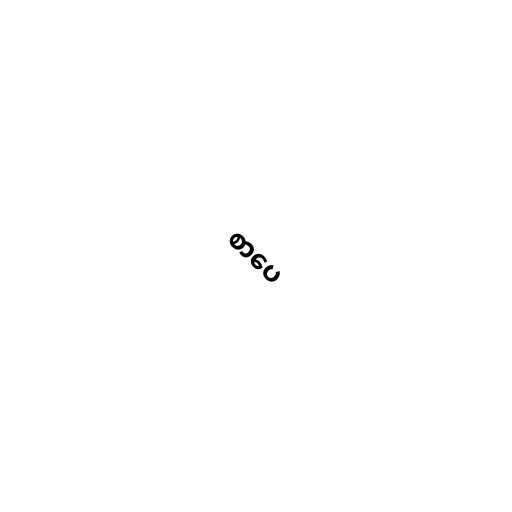
စာပေ